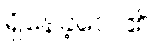
ရှိနေခဲ့လေ၏။